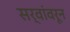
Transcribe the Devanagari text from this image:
सर्वांवरून